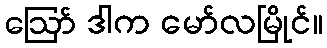
ဪ ဒါက မော်လမြိုင်။